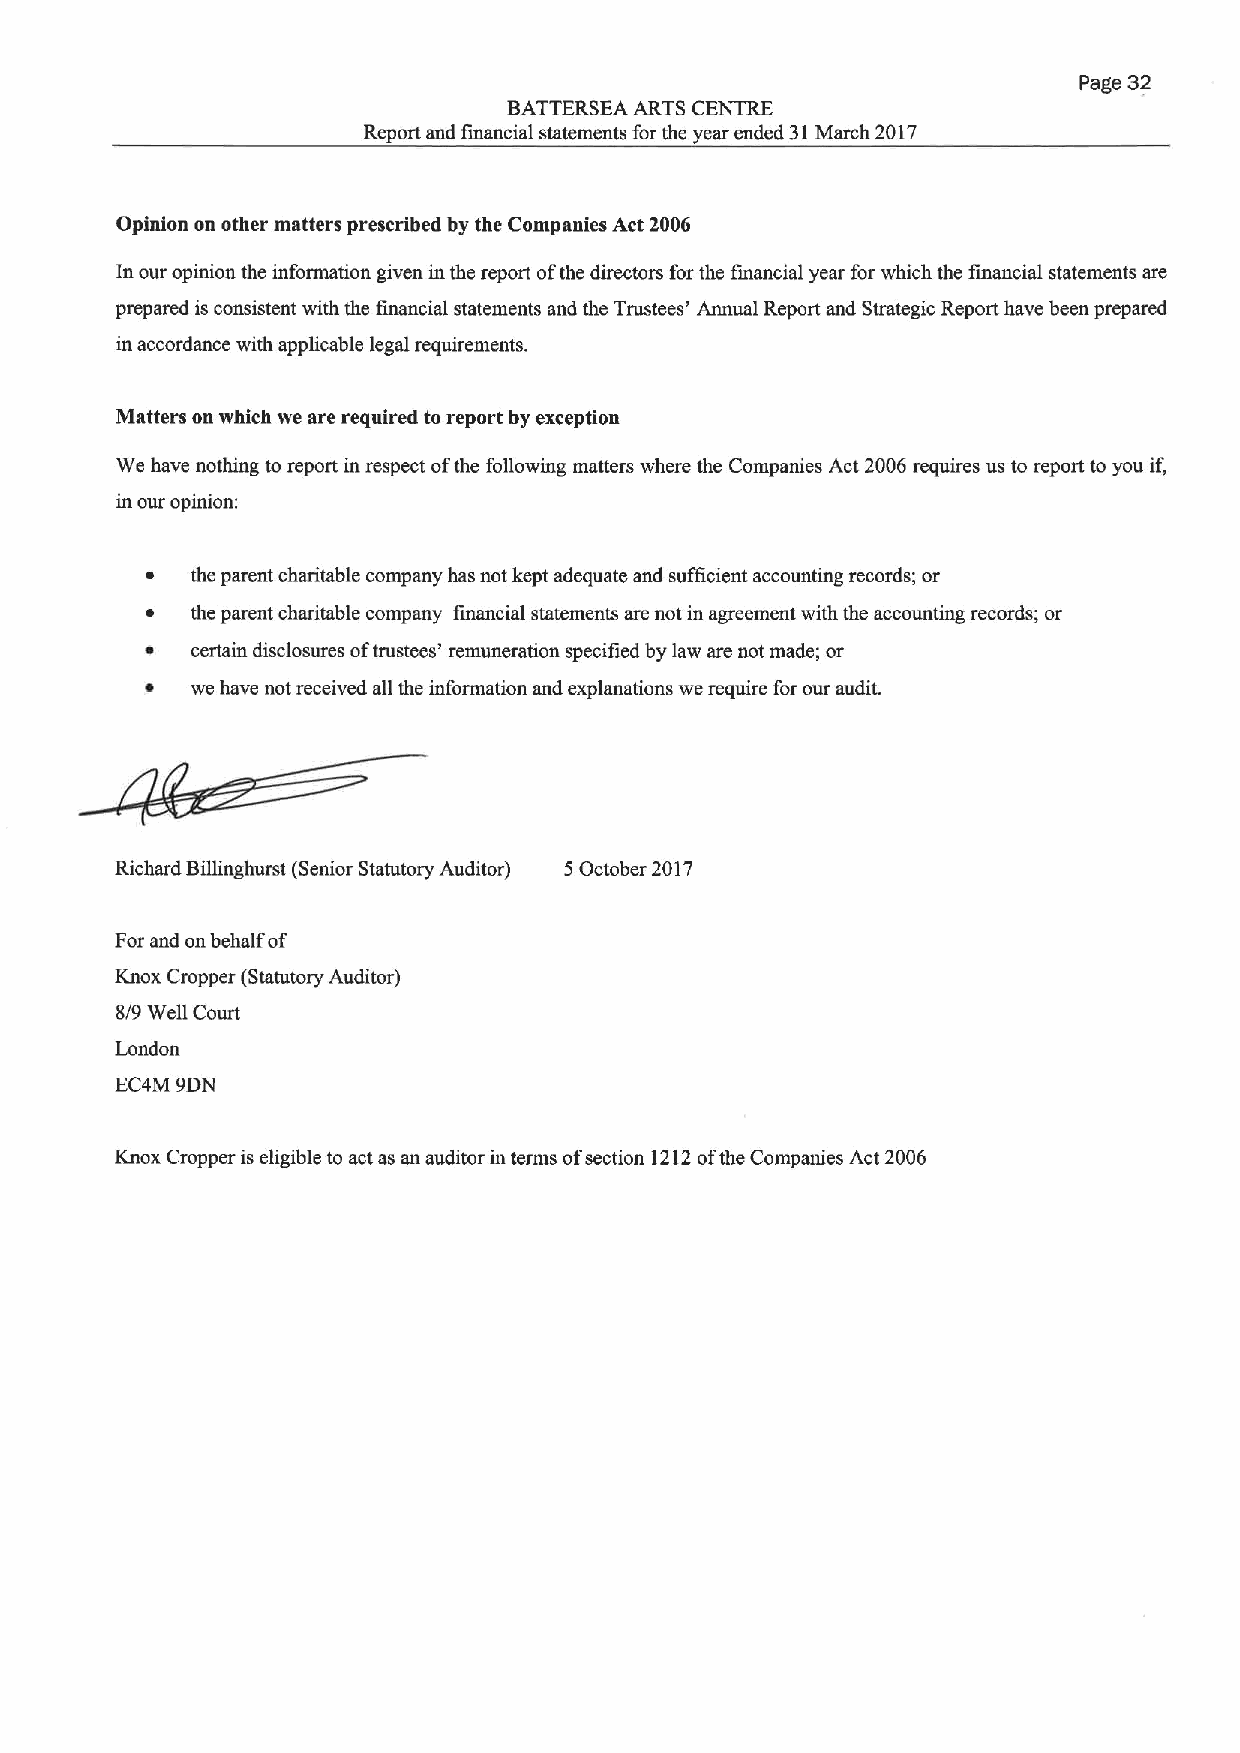
Page 32
 BATTERSEA ARTS CENTRE
 Report and financial statements for the year ended 31March 2017
 Opinion on other matters prescribed by the Companies Act 2006
 In our opinion the information given in the report ofthe directors for the financial year for which the financial statements are
 prepared is consistent with the financial statements and the Trustees' Annual Report and Strategic Report have been prepared
 in accordance with applicable legal requirements.
 Matters on which we are required to report by exception
 We have nothing to report in respect ofthe following matters where the Companies Act 2006 requires us to report to you if,
 in our opinion:
 the parent charitable company has not kept adequate and sufficient accounting records; or
 the parent charitable company financial statements are not in agreement with the accounting records; or
 certain disclosures oftrustees' remuneration specified by law are not made; or
 we have not received all the information and explanations we require for our audit.
 Richard Billinghurst (Senior Statutory Auditor) 5October 2017
 For and on behalf of
 Knox Cropper (Statutory Auditor)
 8/9 Well Court
 London
 EC4M 9DN
 Knox Cropper is eligible to act as an auditor in terms ofsection 1212ofthe Companies Act 2006